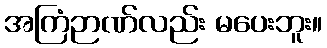
အကြံဉာဏ်လည်း မပေးဘူး။